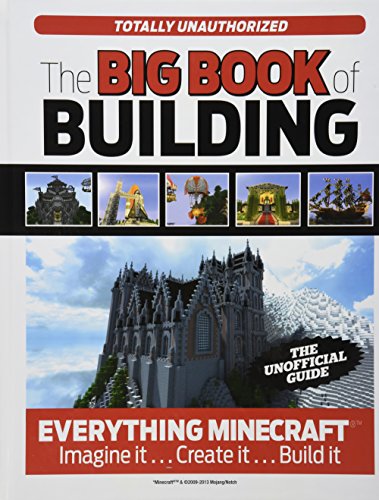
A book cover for The Big Book of Building: Everything MinecraftÂ®EE¢ Imagine itE¦ Create itE¦ Build it; Triumph Books; Science Fiction & Fantasy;